Report on lock hospitals in British Burma
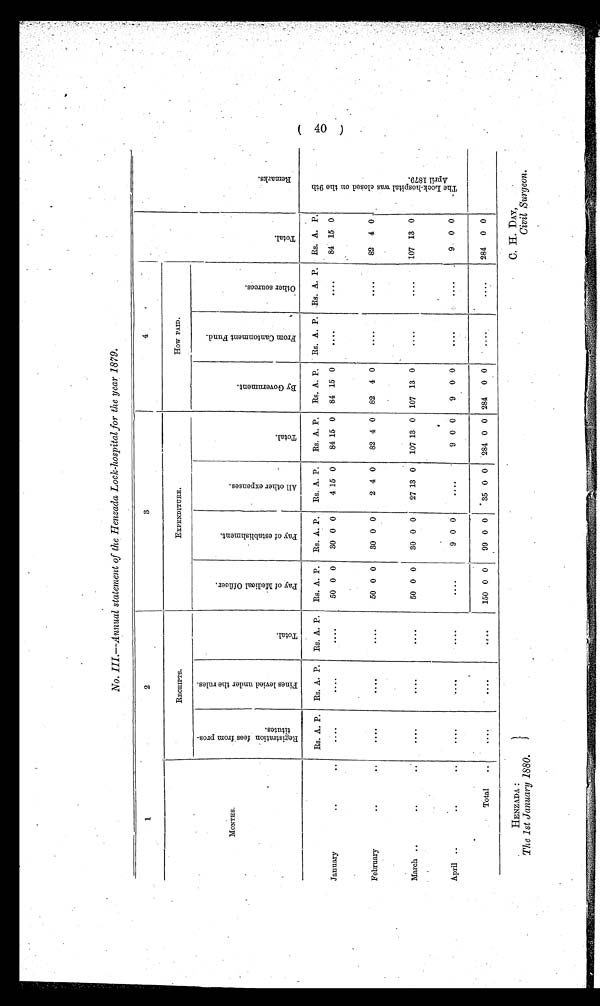
HENZADA :
The 1st January 1880.
C. H. DAY,
Civil Surgeon.
No. III.--Annual statement of the Henzada Lock-hospital for the year 1879.
1
2
3
4
How PAID.
M O N T H S .
RECEIPTS.
EXPENDITURE.
R e s t i s t r a t i o n f e e s f r o m p r o s t i t u t e s .
F i n e s l e v i e d u n d e r t h e r u l e s .
T o t a l .
P a y o f M e d i c a l O f f i c e r .
P a y o f e s t a b l i s h m e n t s .
A l l o t h e r e x p e n s e s .
T o t a l .
B y G o v e r n m e n t .
F r o m C a n t o n m e n t . F u n d .
O t h e r s o u r c e s .
T o t a l .
R e m a r k s .
Rs. A. P. Rs. A. P. Rs. A. P. Rs. A. P. Rs. A. P. Rs. A. P. Rs. A. P. Rs. A. P. Rs. A. P. Rs. A. P. Rs. A. P.
T h e L o c k - h o s p i t a l w a s c l o s e d o n t h e 9 t h A p r i l 1 8 7 9 .
January
. .
. .
. . . .
. . .
. . . .
50 0 0
30 0 0
4 15 0
84 15 0 84 15 0
. . . . 84 15 0
February
. .
. .
. . . .
. . . .
. . . .
50 0 0
30 0 0
2 4 0
82 4 0 82 4 0
. . . .
. . . . 82 4 0
March ..
. .
. .
. . . .
. . . .
. . . .
50 0 0
30 0 0
27 13 0 107 13 0 107 13 0
. . . .
. . . . 107 13 0
April ..
. .
. .
. . . .
. . . .
9 0 0
. . . . . .
9 0 0
9 0 0
. . . .
9 . 0
Total
. .
. . . .
150 0 0
99 0 0
.
35 0 0 284 0 0 284 0 0
. . . .
284
0 0
(40)